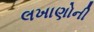
લખાણોની